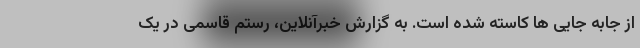
از جابه جایی ها کاسته شده است. به گزارش خبرآنلاین، رستم قاسمی در یک